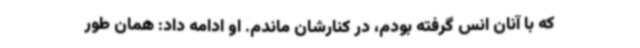
که با آنان انس گرفته بودم، در کنارشان ماندم. او ادامه داد: همان طور